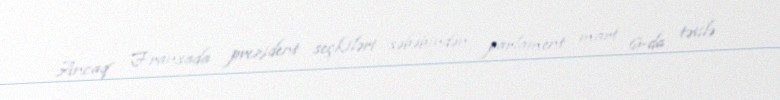
Ancaq Fransada prezident seçkiləri səbəbindən parlament mart 6-da tətilə